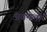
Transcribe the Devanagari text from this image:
अवमलों